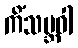
ကိံသမ္ဘဝါ